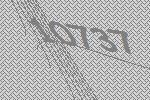
10737